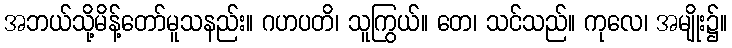
အဘယ်သို့မိန့်တော်မူသနည်း။ ဂဟပတိ၊ သူကြွယ်။ တေ၊ သင်သည်။ ကုလေ၊ အမျိုး၌။